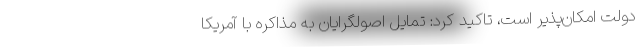
دولت امکان‌پذیر است، تاکید کرد: تمایل اصولگرایان به مذاکره با آمریکا